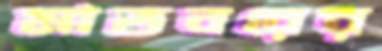
মাতবরের